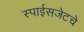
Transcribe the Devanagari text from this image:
स्पाईसजेटचे